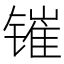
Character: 𰾰